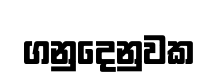
ගනුදෙනුවක